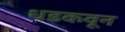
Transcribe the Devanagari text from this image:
धडकवून